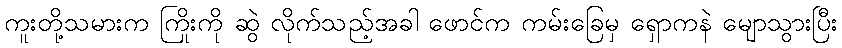
ကူးတို့သမားက ကြိုးကို ဆွဲ လိုက်သည့်အခါ ဖောင်က ကမ်းခြေမှ ရှောကနဲ မျောသွားပြီး